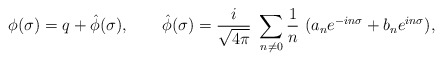
\begin{align*}\phi (\sigma )=q+\hat \phi (\sigma ),\qquad \hat \phi (\sigma )={\frac i{\sqrt{4\pi }}}~\sum_{n\ne 0}{\frac 1n}~(a_ne^{-in\sigma }+b_ne^{in\sigma }),\end{align*}